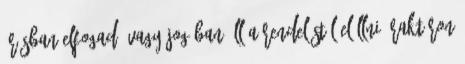
írásban elfogad, vagy jogában áll a rendeléstől elállni. Raktáron